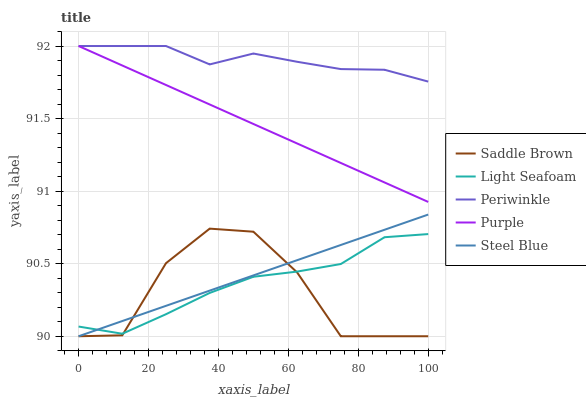
| xaxis_label | Saddle Brown | Light Seafoam | Periwinkle | Purple | Steel Blue |
 | --- | --- | --- | --- | --- | --- |
 | 0 | 90 | 90.1 | 92 | 92 | 90 |
 | 12.5 | 90 | 90 | 92 | 91.9 | 90.1 |
 | 25 | 90.5 | 90.2 | 92 | 91.7 | 90.2 |
 | 37.5 | 90.7 | 90.3 | 91.9 | 91.6 | 90.3 |
 | 50 | 90.7 | 90.4 | 91.9 | 91.5 | 90.4 |
 | 62.5 | 90.4 | 90.4 | 91.9 | 91.3 | 90.5 |
 | 75 | 90 | 90.5 | 91.8 | 91.2 | 90.6 |
 | 87.5 | 90 | 90.7 | 91.8 | 91.1 | 90.7 |
 | 100 | 90 | 90.7 | 91.8 | 90.9 | 90.8 |